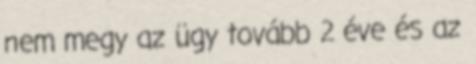
nem megy az ügy tovább 2 éve és az